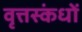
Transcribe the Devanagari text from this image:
वृत्तस्कंधों